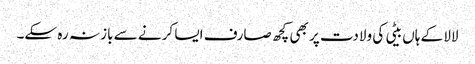
لالا کے ہاں بیٹی کی ولادت پر بھی کچھ صارف ایسا کرنے سے باز نہ رہ سکے۔